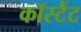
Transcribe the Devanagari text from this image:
कॉस्टैंट